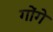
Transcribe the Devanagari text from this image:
गोंगे